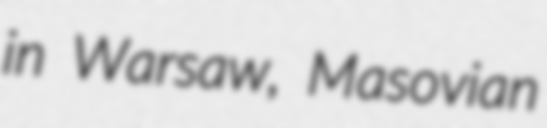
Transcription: in Warsaw, Masovian